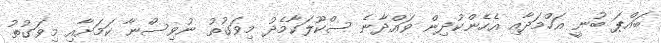
ބައްޕަ ބުނީ އަހްމަދާއި އެހެންކުދިން ވައްދާނެ ސްކޫލަކާމެދު މިވަގުތު ނުވިސްނާ ކަމަށާއި މިވަގުތު